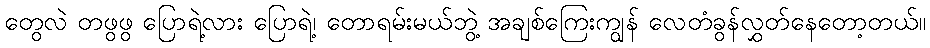
တွေလဲ တဖွဖွ ပြောရဲ့လား ပြောရဲ့၊ တောရမ်းမယ်ဘွဲ့ အချစ်ကြေးကျွန် လေတံခွန်လွှတ်နေတော့တယ်။